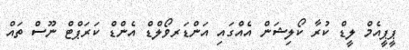
ޕީޕީއެމް ލީޑް ކުރާ ކޯލިޝަން އެއްގައި އަންޑަރވޯލްޑް އެެންޑް ކަރަޕްޓް ނޫސް ތައް